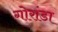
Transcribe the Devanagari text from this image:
गोरांडा